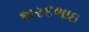
શરદભાઇ